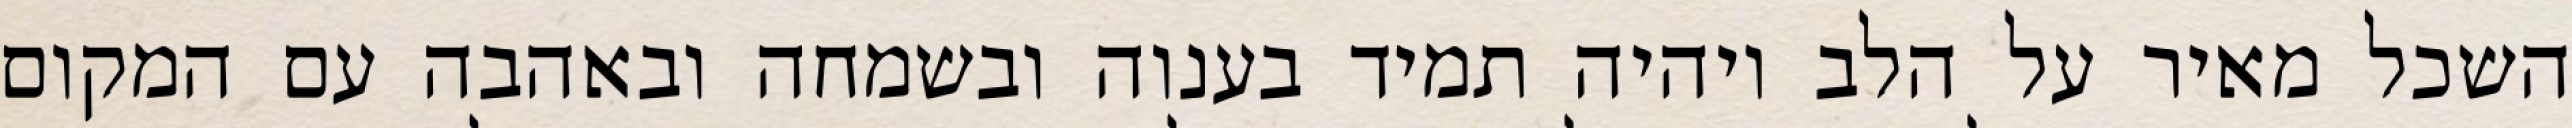
השכל מאיר על הלב ויהיה תמיד בענוה ובשמחה ובאהבה עם המקום